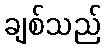
ချစ်သည်